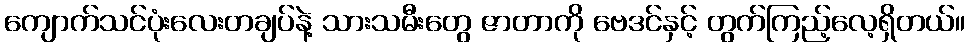
ကျောက်သင်ပုံးလေးတချပ်နဲ့ သားသမီးတွေ ဇာတာကို ဗေဒင်နှင့် တွက်ကြည့်လေ့ရှိတယ်။